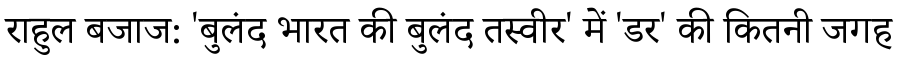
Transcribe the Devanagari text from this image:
राहुल बजाज: 'बुलंद भारत की बुलंद तस्वीर' में 'डर' की कितनी जगह